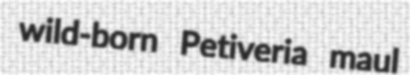
wild-born Petiveria maul